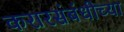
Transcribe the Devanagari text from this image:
करारसंबंधीच्या